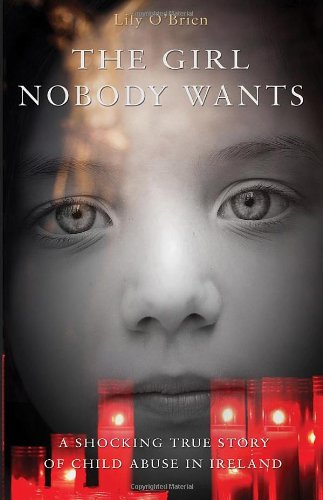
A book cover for The Girl Nobody Wants - A Shocking True Story of Child Abuse in Ireland; Lilly O'Brien; Biographies & Memoirs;